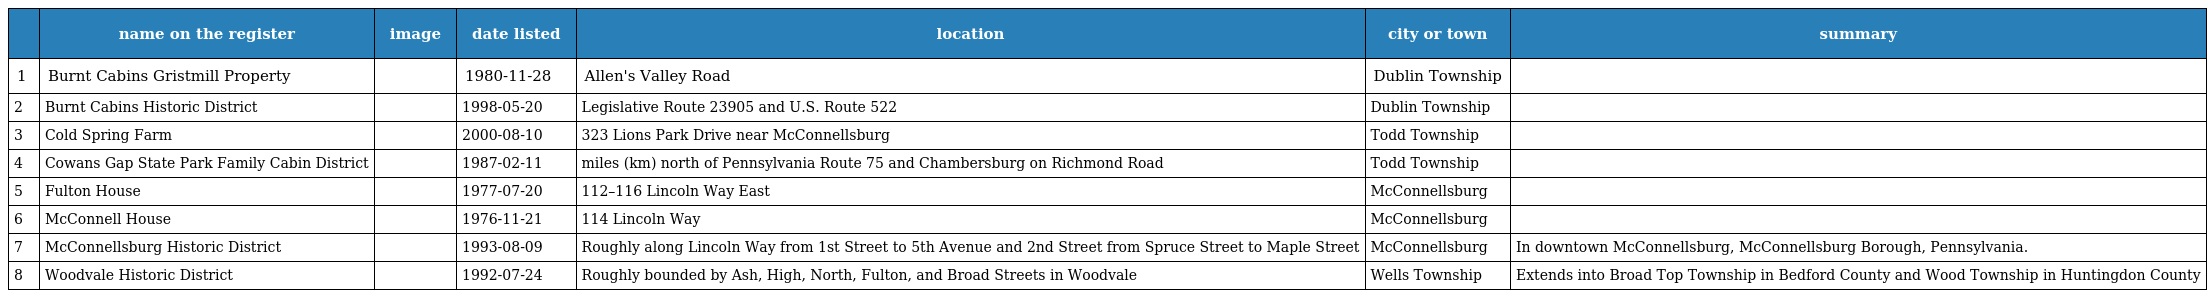
|  | name on the register | image | date listed | location | city or town | summary |
 | --- | --- | --- | --- | --- | --- | --- |
 | 1 | Burnt Cabins Gristmill Property |  | 1980-11-28 | Allen's Valley Road | Dublin Township |  |
 | 2 | Burnt Cabins Historic District |  | 1998-05-20 | Legislative Route 23905 and U.S. Route 522 | Dublin Township |  |
 | 3 | Cold Spring Farm |  | 2000-08-10 | 323 Lions Park Drive near McConnellsburg | Todd Township |  |
 | 4 | Cowans Gap State Park Family Cabin District |  | 1987-02-11 | miles (km) north of Pennsylvania Route 75 and Chambersburg on Richmond Road | Todd Township |  |
 | 5 | Fulton House |  | 1977-07-20 | 112–116 Lincoln Way East | McConnellsburg |  |
 | 6 | McConnell House |  | 1976-11-21 | 114 Lincoln Way | McConnellsburg |  |
 | 7 | McConnellsburg Historic District |  | 1993-08-09 | Roughly along Lincoln Way from 1st Street to 5th Avenue and 2nd Street from Spruce Street to Maple Street | McConnellsburg | In downtown McConnellsburg, McConnellsburg Borough, Pennsylvania. |
 | 8 | Woodvale Historic District |  | 1992-07-24 | Roughly bounded by Ash, High, North, Fulton, and Broad Streets in Woodvale | Wells Township | Extends into Broad Top Township in Bedford County and Wood Township in Huntingdon County |